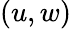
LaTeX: (u,w)